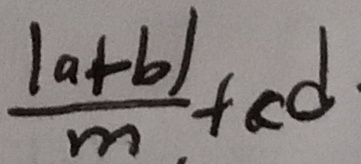
\frac { \vert a + b \vert } { m . } + c d \cdot